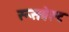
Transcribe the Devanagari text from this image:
रूसवेल्ट